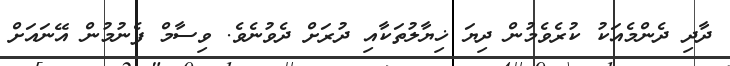
ދާދި ދެންމެއަކު ކުރެވެމުން ދިޔަ ޚިޔާލުތަކާއި ދުރަށް ދެވުނެވެ. ވިސާމް ފެނުމުން އޭނައަށް